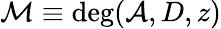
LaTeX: \mathcal{M}\equiv\deg(\mathcal{{A}},D,z)